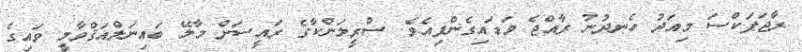
ރާޖަޕަކްސަ މިއަދު ހެނދުނު ރާއްޖެ ވަޑައިގެންފިއެވެ. ސްރީލަންކާގެ ރައީސަށް މާލޭ ބައިނަލްއަޤްވާމީ ވައިގެ